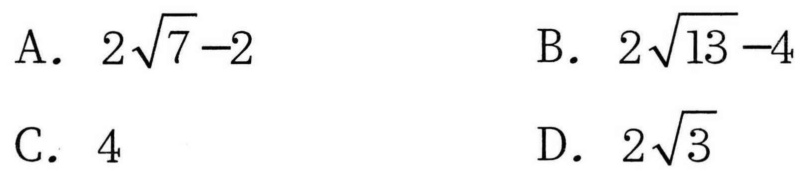
A. $2\sqrt{7}-2$
B. $2\sqrt{13}-4$
C. $4$
D. $2\sqrt{3}$